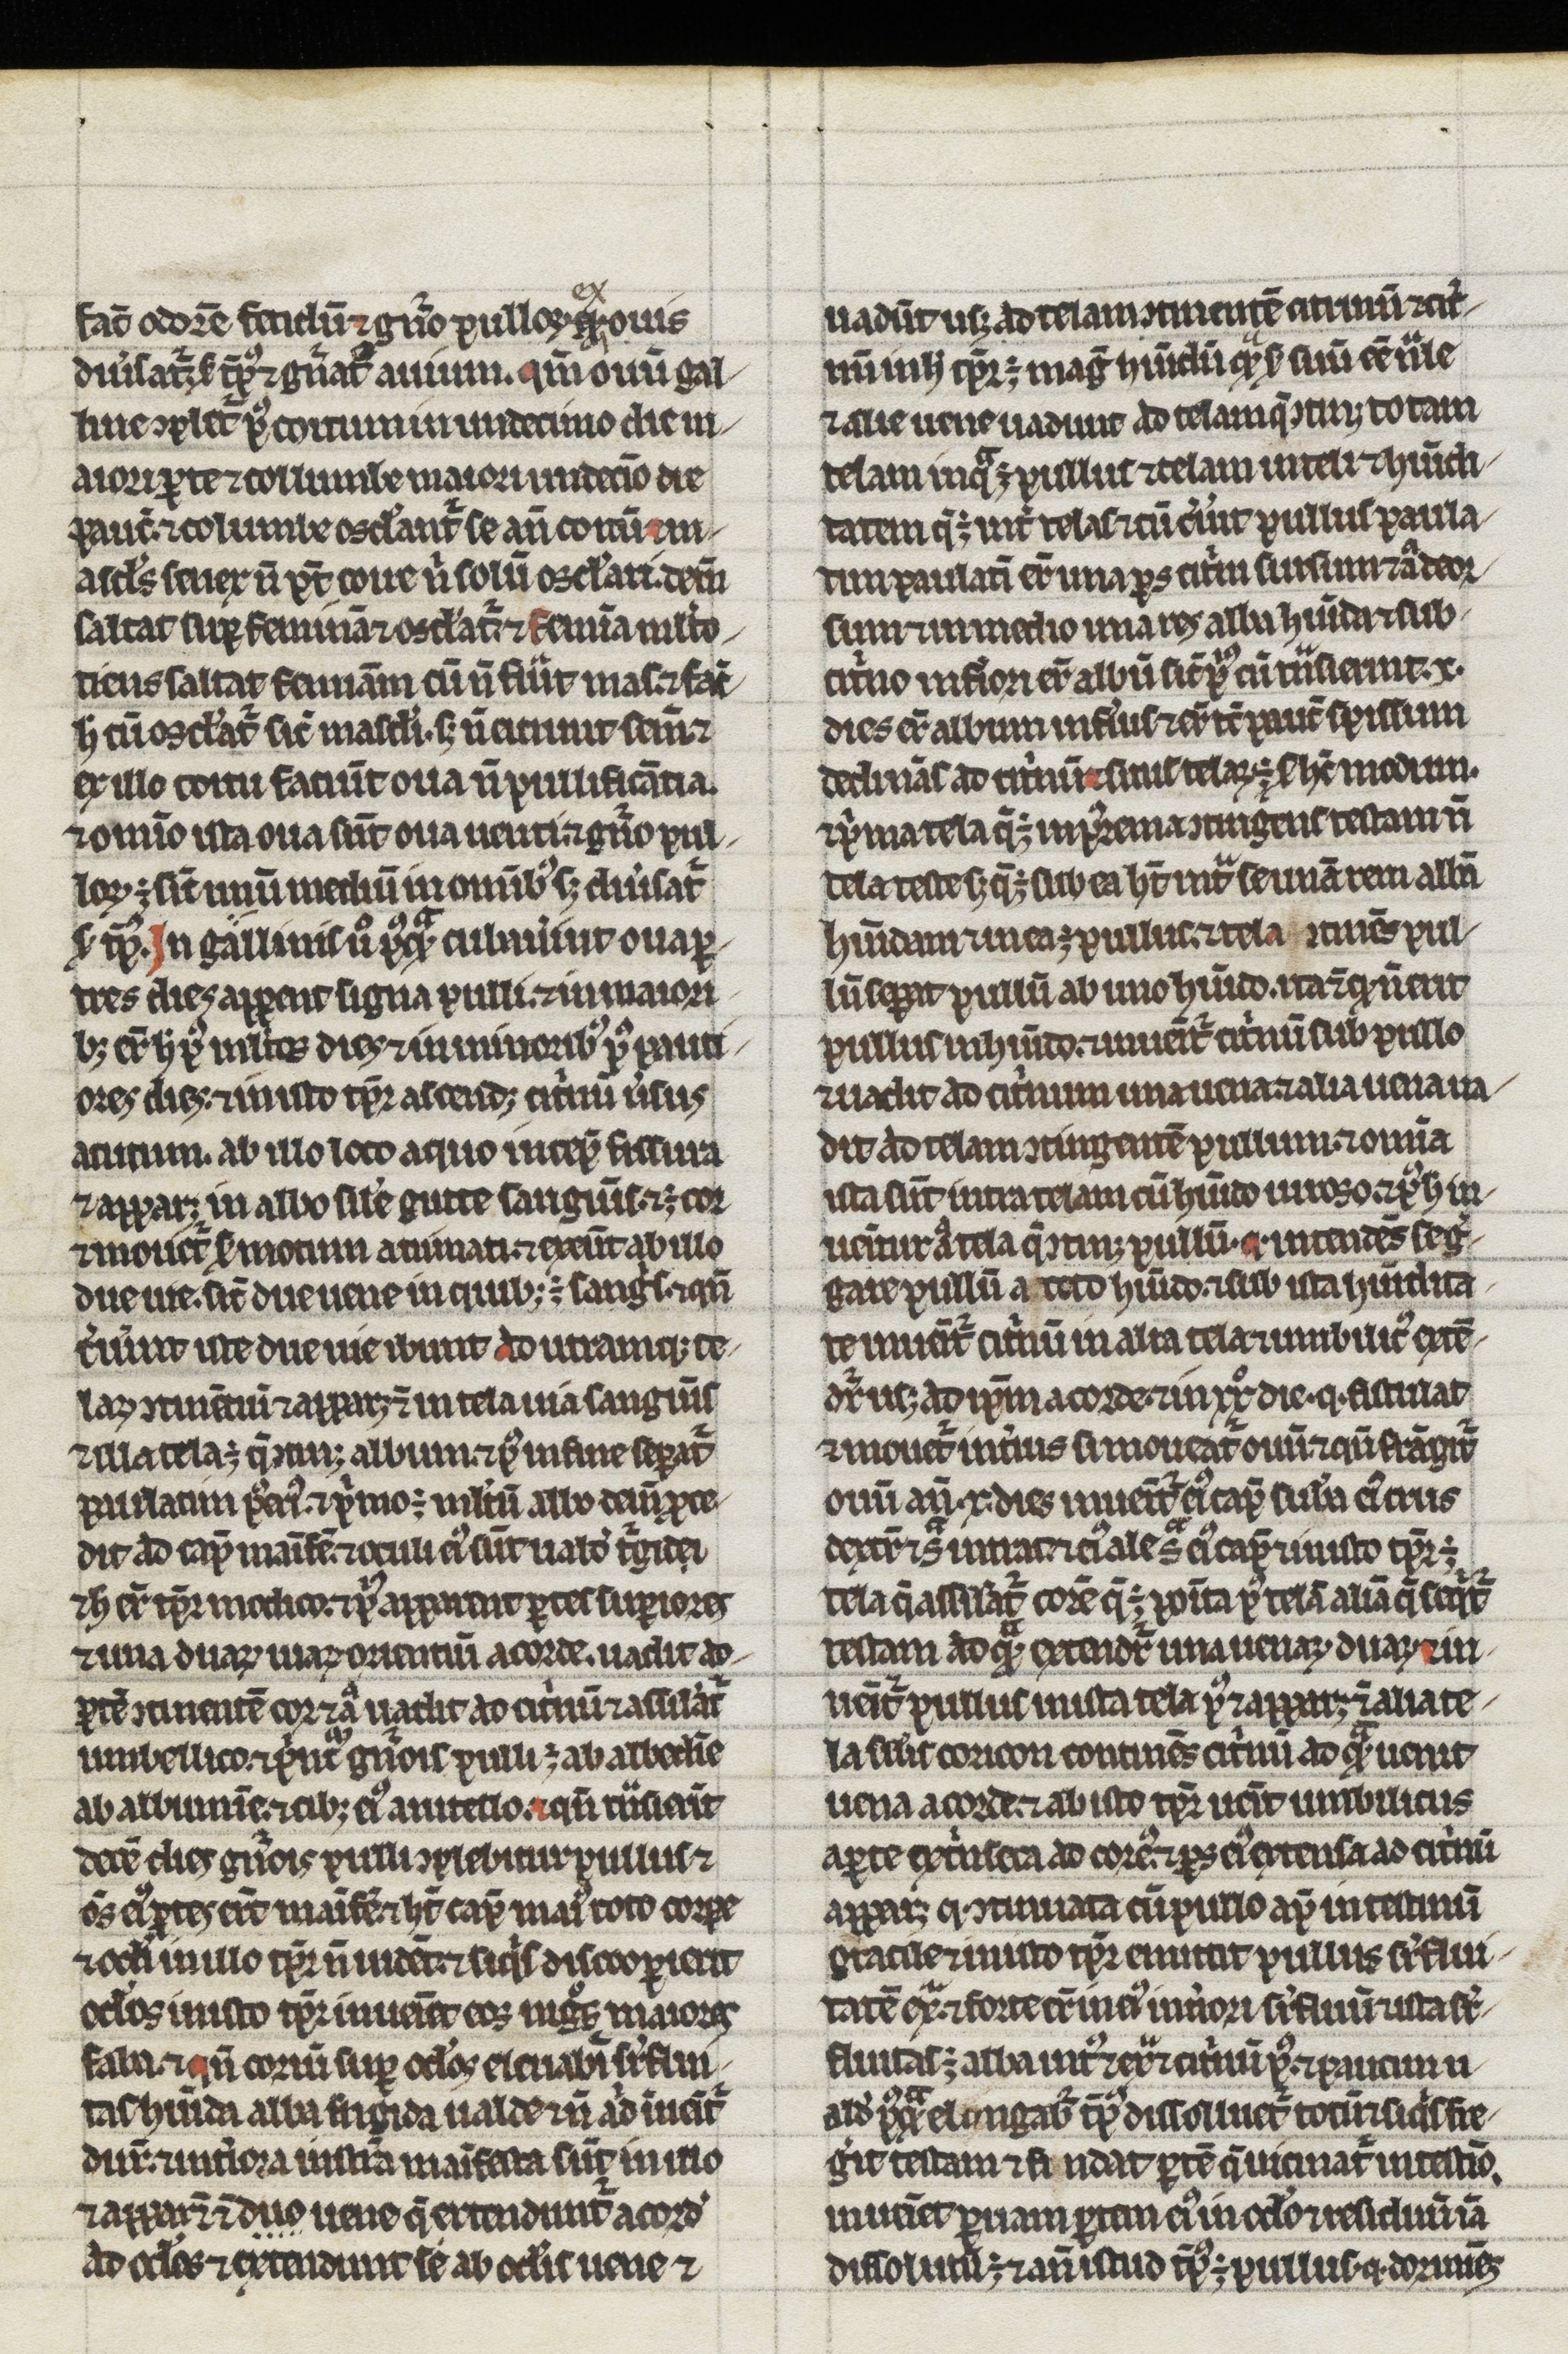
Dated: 1200–1299